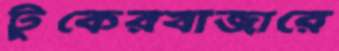
টুকেরবাজারে